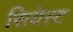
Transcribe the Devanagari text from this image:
सियेस्ट